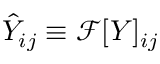
\hat { Y } _ { i j } \equiv \mathcal { F } [ Y ] _ { i j }